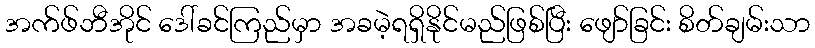
အက်ဖ်ဘီအိုင် ဒေါ်ခင်ကြည်မှာ အခမဲ့ရရှိနိုင်မည်ဖြစ်ပြီး ဖျော်ခြင်း စိတ်ချမ်းသာ